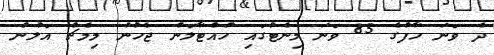
ދެ ވަނަ ހާފުގެ 85 ވަނަ މިނެޓުގައި ހުއްޓާލަން ޖެހުނު މިމެޗް އަލުން